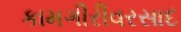
કામગીરીવરસાદ